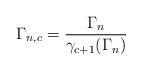
LaTeX: \begin{align*}\Gamma_{n,c}=\frac{\Gamma_n}{\gamma_{c+1}(\Gamma_n)}\end{align*}